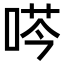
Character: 𫪜